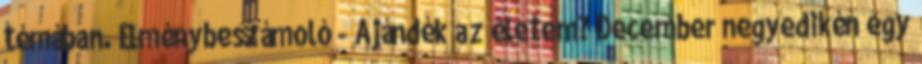
témában. Élménybeszámoló - Ajándék az életem? December negyedikén egy